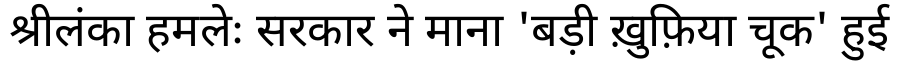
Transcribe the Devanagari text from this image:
श्रीलंका हमलेः सरकार ने माना 'बड़ी ख़ुफ़िया चूक' हुई